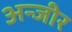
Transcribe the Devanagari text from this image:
अन्जीर